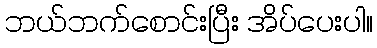
ဘယ်ဘက်စောင်းပြီး အိပ်ပေးပါ။